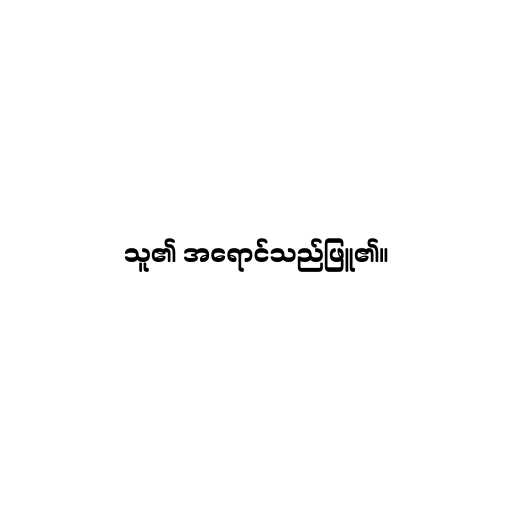
သူ၏ အရောင်သည်ဖြူ၏။